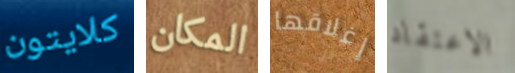
كلايتون المكان إغلاقها الاعتقاد